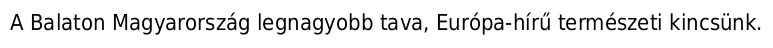
A Balaton Magyarország legnagyobb tava, Európa-hírű természeti kincsünk.